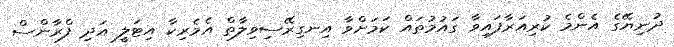
ދުނިޔޭގެ އެންމެ ކުރިއަރާފައިވާ ގައުމުތައް ކަމަށްވާ އިނގިރޭސިވިލާތް އެމެރިކާ އިޓަލީ އަދި ފްރާންސް